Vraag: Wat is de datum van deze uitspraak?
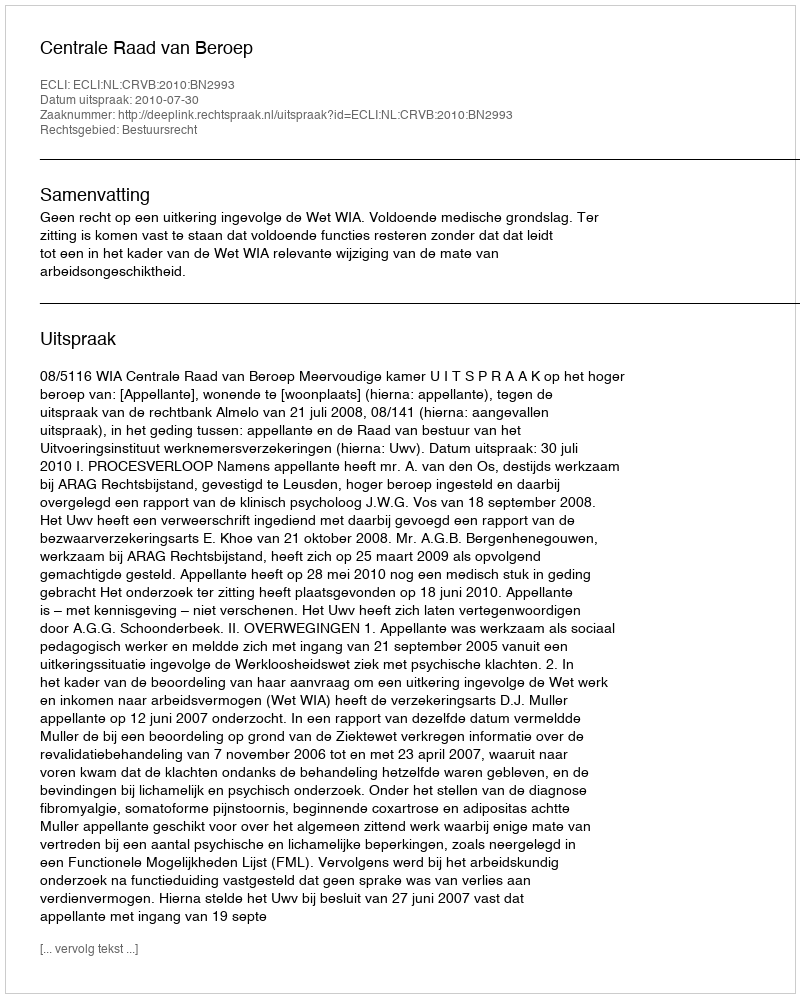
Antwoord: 2010-07-30